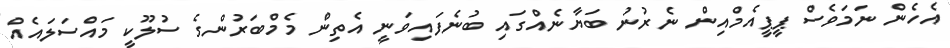
އެހެން ނަމަވެސް ޕީޕީއެމްއިން ނެރުނު ބަޔާނެއްގައި ބުނެފައިވަނީ އެތިން މެމްބަރުންގެ ސުލޫކީ މައްސަލައެއް